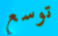
توسع